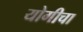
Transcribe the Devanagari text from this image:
योगीचा